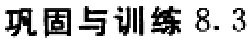
巩固与训练 8.3